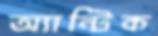
অ্যান্টিক